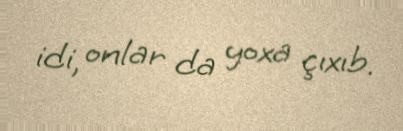
idi, onlar da yoxa çıxıb.